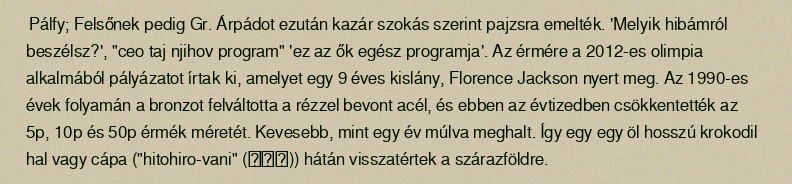
Pálfy; Felsőnek pedig Gr. Árpádot ezután kazár szokás szerint pajzsra emelték. 'Melyik hibámról beszélsz?', "ceo taj njihov program" 'ez az ők egész programja'. Az érmére a 2012-es olimpia alkalmából pályázatot írtak ki, amelyet egy 9 éves kislány, Florence Jackson nyert meg. Az 1990-es évek folyamán a bronzot felváltotta a rézzel bevont acél, és ebben az évtizedben csökkentették az 5p, 10p és 50p érmék méretét. Kevesebb, mint egy év múlva meghalt. Így egy egy öl hosszú krokodil hal vagy cápa ("hitohiro-vani" (一尋鰐)) hátán visszatértek a szárazföldre.